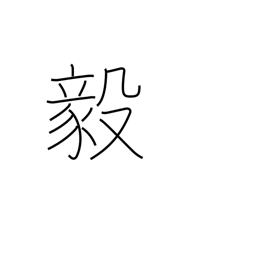
Meaning: strong